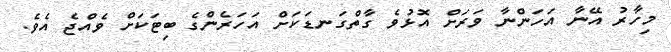
މިހާރު އޭނާ އަހަންނާ ވަރަށް އޮޅުވެ ގާތްގަނޑަކަށް އަހަރެންގެ ބިޓަކަށް ވެއްޖެ އެވެ.